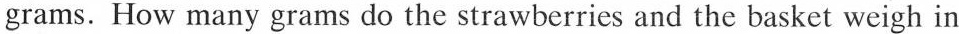
grams. How many grams do the strawberries and the basket weigh in